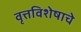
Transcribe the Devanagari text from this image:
वृत्तविशेषाचे